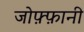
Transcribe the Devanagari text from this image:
जोफ़्फ़ानी